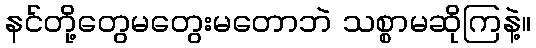
နင်တို့တွေမတွေးမတောဘဲ သစ္စာမဆိုကြနဲ့။